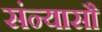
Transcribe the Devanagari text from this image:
संन्यासौ